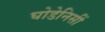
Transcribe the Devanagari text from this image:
घोडेनिसीं